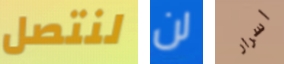
لنتصل لن اسرار